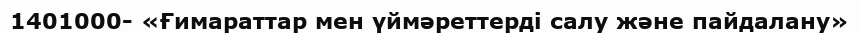
1401000- «Ғимараттар мен үймәреттерді салу және пайдалану»